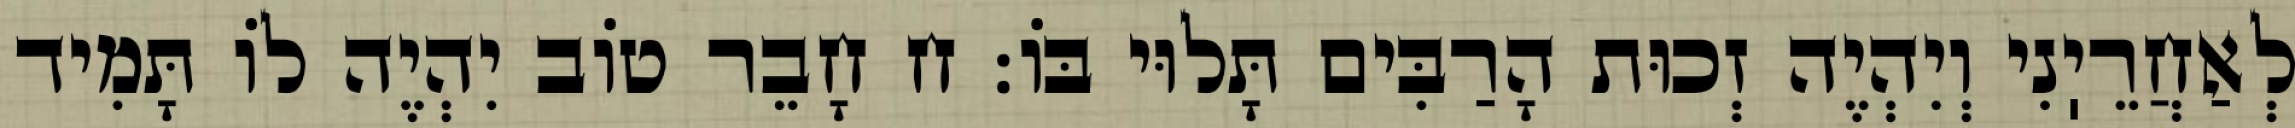
לְאַחֲרֵיֽנִי וְיִהְיֶה זְכוּת הָרַבִּים תָּלוּי בּוֹ: ח חָבֵר טוֹב יִהְיֶה לוֹ תָּמִיד